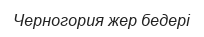
Черногория жер бедері